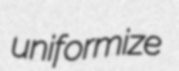
uniformize